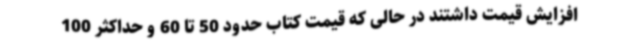
افزایش قیمت داشتند در حالی که قیمت کتاب حدود 50 تا 60 و حداکثر 100